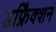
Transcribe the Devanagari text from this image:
डफ्रैिक्शन